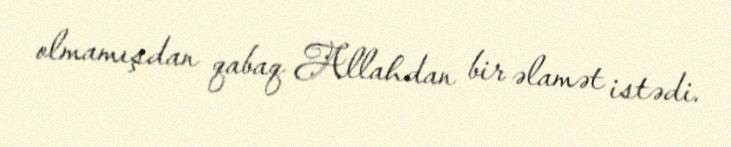
olmamışdan qabaq Allahdan bir əlamət istədi.